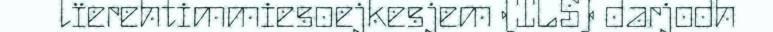
lïerehtimmiesoejkesjem (ILS) darjodh